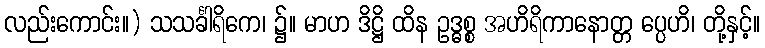
လည်းကောင်း။) သသင်္ခါရိကေ၊ ၌။ မာဟ ဒိဋ္ဌိ ထိန ဥဒ္ဓစ္စ အဟိရိကာနောတ္တ ပ္ပေဟိ၊ တို့နှင့်။